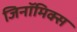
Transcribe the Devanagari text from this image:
जिनॉमिक्स